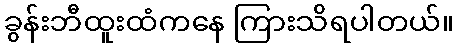
ခွန်းဘီထူးထံကနေ ကြားသိရပါတယ်။